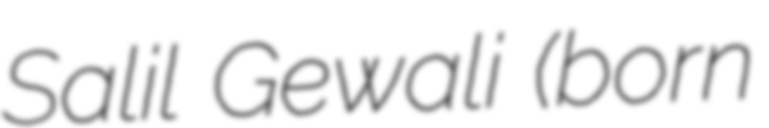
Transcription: Salil Gewali (born